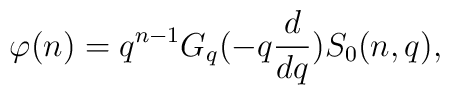
\varphi (n) = q^{n-1} G_{q}(-q  \frac {d}{dq}) S_{0}(n,q),